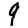
Digit: 9